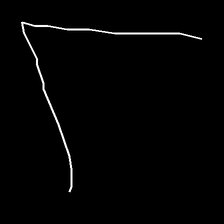
Glyph: region